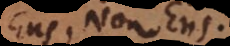
s, Non Ens.